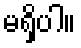
မရှိပါ။